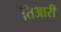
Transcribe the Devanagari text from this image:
तिआरी